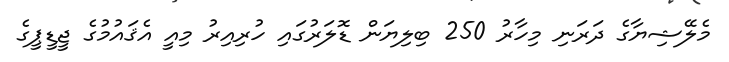
މެލޭޝިޔާގެ ދަރަނި މިހާރު 250 ބިލިޔަން ޑޮލަރުގައި ހުރިއިރު މިއީ އެޤައުމުގެ ޖީޑީޕީގެ